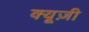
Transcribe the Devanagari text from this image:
क्यूज़ी